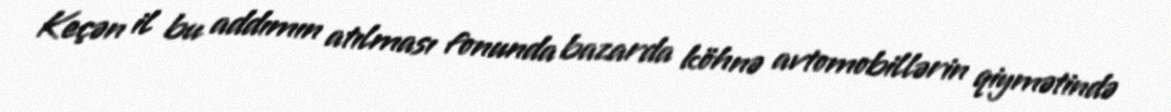
Keçən il bu addımın atılması fonunda bazarda köhnə avtomobillərin qiymətində